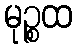
မုဉ္စထ